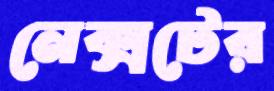
নেক্সটের